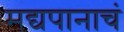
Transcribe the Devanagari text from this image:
मद्यपानाचं